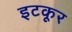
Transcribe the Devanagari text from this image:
इटकूर